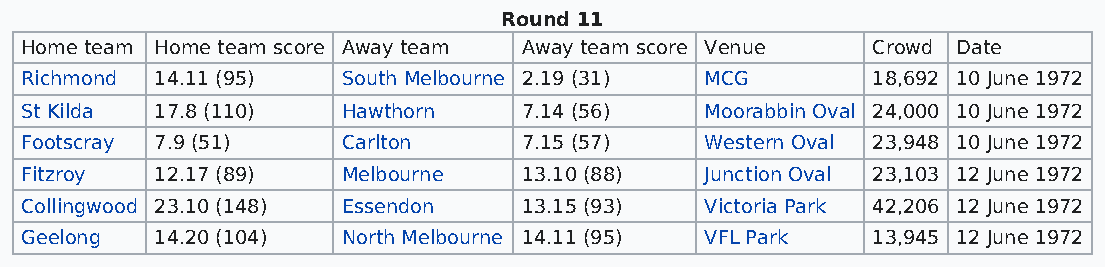
Round 11
 Home team Home team score Away team Away team score Venue Crowd Date
 Richmond 14.11 (95)   South Melbourne 2.19 (31) MCG      18,692 10 June 1972
 St Kilda 17.8 (110)   Hawthorn    7.14 (56)   Moorabbin Oval 24,000 10 June 1972
 Footscray 7.9 (51)    Carlton     7.15 (57)   Western Oval 23,948 10 June 1972
 Fitzroy  12.17 (89)   Melbourne   13.10 (88)  Junction Oval 23,103 12 June 1972
 Collingwood 23.10 (148) Essendon  13.15 (93)  Victoria Park 42,206 12 June 1972
 Geelong  14.20 (104)  North Melbourne 14.11 (95) VFL Park 13,945 12 June 1972